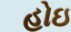
હોઇ